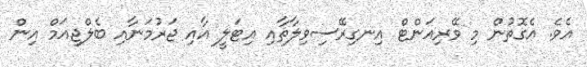
އެވެ. އެގޮތުން މި ވޭރިއަންޓް އިނގިރޭސިވިލާތާއި އިޓަލީ އާއި ޖަރުމަނާއި ބެލްޖިއަމް އިން